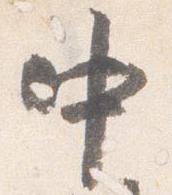
中